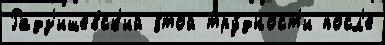
Радз'ишевск'ий э́той тру́дност'и посл'е